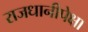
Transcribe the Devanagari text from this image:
राजधानीपेक्षा